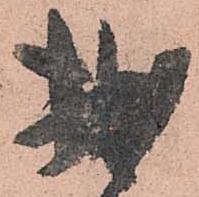
拙